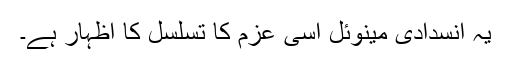
یہ انسدادی مینوئل اُسی عزم کا تسلسل کا اظہار ہے۔